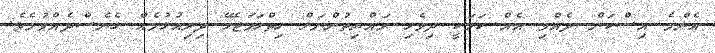
އެންމެ އިސްކަން ދެއްވި އެއް ކަމަކީ ދިވެހި ރައްޔިތުންނަށް ހިތްހަމަޖެހޭ ދިރިއުޅުމެއް ގެނެސްދެއްވުމެވެ.